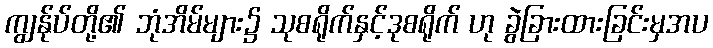
ကျွန်ုပ်တို့၏ ဘုံအိမ်များ၌ သုစရိုက်နှင့်ဒုစရိုက် ဟု ခွဲခြားထားခြင်းမှအပ